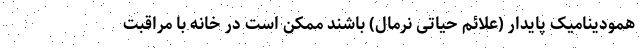
همودینامیک پایدار (علائم حیاتی نرمال) باشند ممکن است در خانه با مراقبت